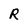
Character: R